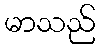
မာသည်